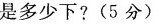
是多少下?(5分)